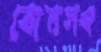
বোমসং